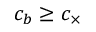
c _ { b } \geq c _ { \times }